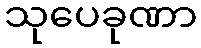
သုပေခုဏာ